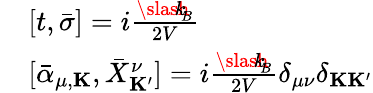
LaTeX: \begin{array}{rl}&{[t,{\bar{\sigma}}]=i\frac{{\slash\! \! \! k}_{\! {B}}}{2V}}\\ &{[{\bar{\alpha}}_{\mu,{\mathbf K}},{\bar{X}}_{\mathbf K^{\prime}}^{\nu}]=i\frac{{\slash\! \! \! k}_{\! {B}}}{2V}\delta_{\mu\nu}\delta_{{\mathbf K}{\mathbf K^{\prime}}}}\end{array}